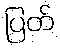
ပြတ်